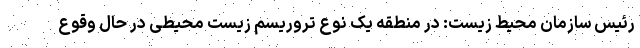
رئیس سازمان محیط زیست: در منطقه یک نوع تروریسم زیست محیطی در حال وقوع